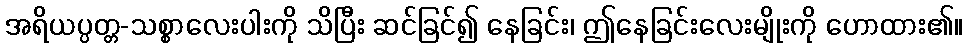
အရိယပ္ပတ္တ-သစ္စာလေးပါးကို သိပြီး ဆင်ခြင်၍ နေခြင်း၊ ဤနေခြင်းလေးမျိုးကို ဟောထား၏။